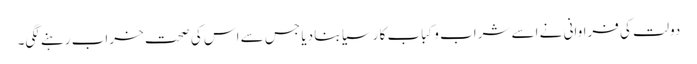
دولت کی فراوانی نے اسے شراب و کباب کا رسیا بنا دیا جس سے اس کی صحت خراب رہنے لگی۔